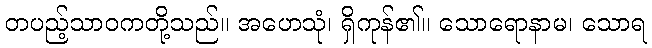
တပည့်သာဝကတို့သည်။ အဟေသုံ၊ ရှိကုန်၏။ သောရောနာမ၊ သောရ